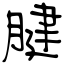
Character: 腱